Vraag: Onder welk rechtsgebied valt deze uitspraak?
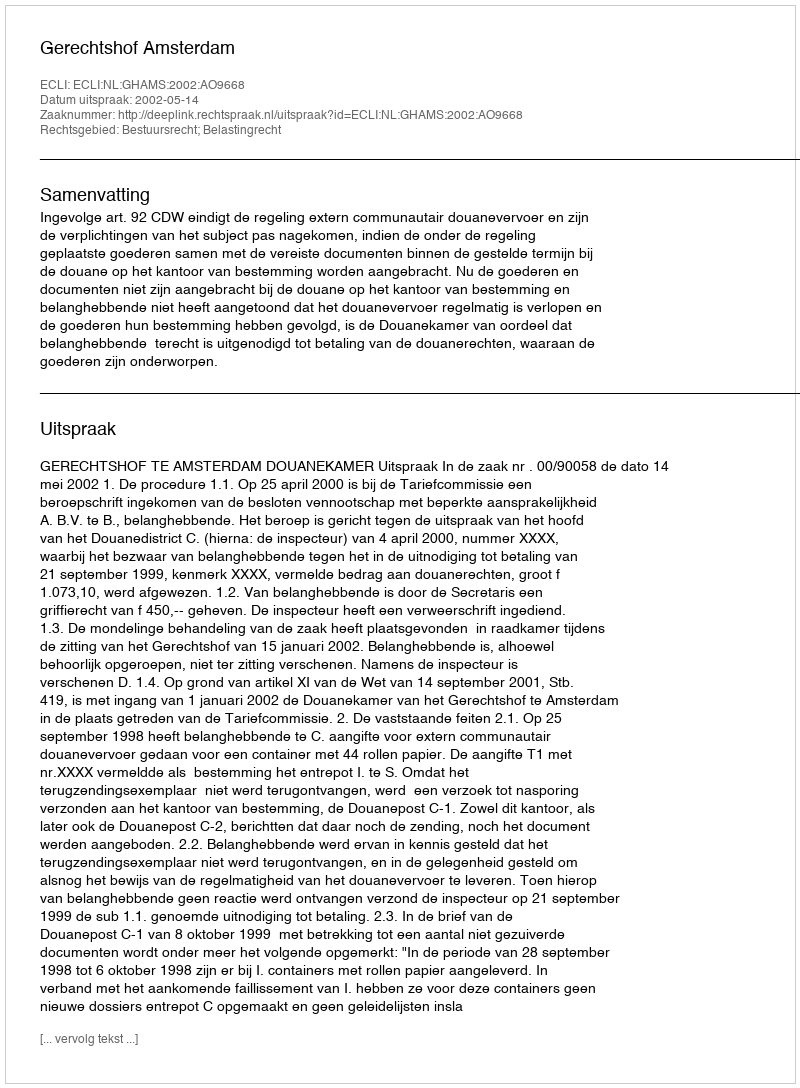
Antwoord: Bestuursrecht; Belastingrecht